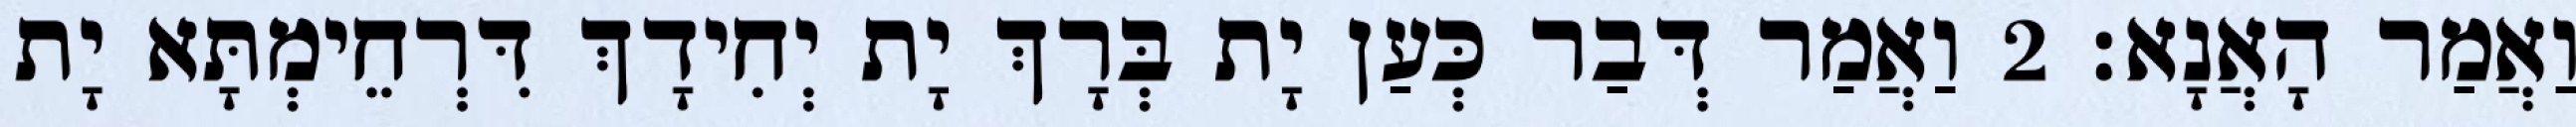
וַאֲמַר הָאֲנָא׃ 2 וַאֲמַר דְּבַר כְּעַן יָת בְּרָךְ יָת יְחִידָךְ דִּרְחֵימְתָּא יָת